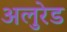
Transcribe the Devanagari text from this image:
अलुरेड